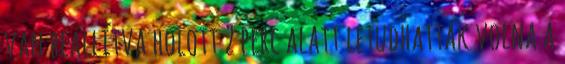
van beállítva holott 2 perc alatt letudhatták volna a